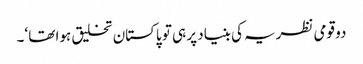
دو قومی نظریہ کی بنیاد پر ہی تو پاکستان تخلیق ہوا تھا ‘۔